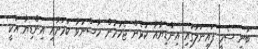
ބުނީ ސެމީ ފައިނަލުގައި އިންޑިޔާއާ ކުޅެން ޖެހުމުން ހާސްނުވާ ކަމަށާއި އިންޑިޔާ އަކީ